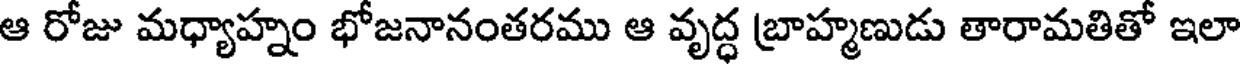
ఆ రోజు మధ్యాహ్నం భోజనానంతరము ఆ వృద్ధ బ్రాహ్మణుడు తారామతితో ఇలా